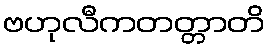
ဗဟုလီကတတ္တာတိ